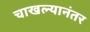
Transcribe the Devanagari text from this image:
चाखल्यानंतर